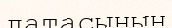
датасының